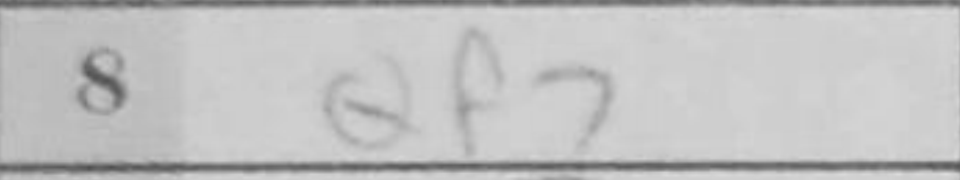
Transcription: Qf2